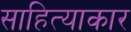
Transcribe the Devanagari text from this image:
साहित्याकार